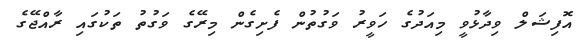
އޮފިޝަލް ވިދާޅުވީ މިއަދުގެ ހަވީރު ވަގުތުން ފެށިގެން މިރޭގެ ވަގުތު ތަކުގައި ރާއްޖޭގެ